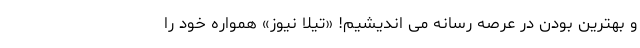
و بهترین بودن در عرصه رسانه می اندیشیم! «تیلا نیوز» همواره خود را